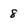
Character: 8